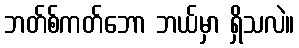
ဘတ်စ်ကတ်ဘော ဘယ်မှာ ရှိသလဲ။